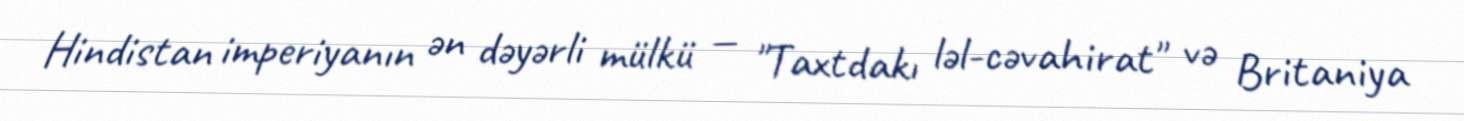
Hindistan imperiyanın ən dəyərli mülkü — "Taxtdakı ləl-cəvahirat" və Britaniya